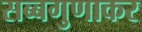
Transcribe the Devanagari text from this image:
सब्बगुणाकर